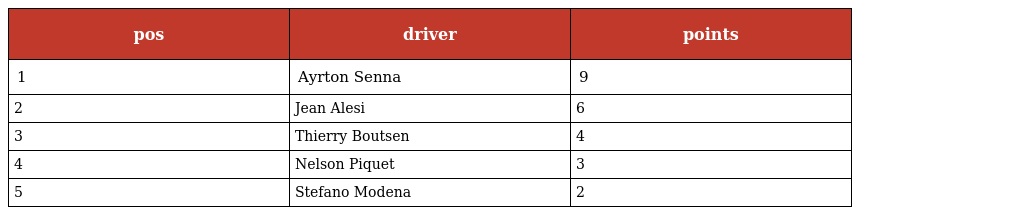
| pos | driver | points |
 | --- | --- | --- |
 | 1 | Ayrton Senna | 9 |
 | 2 | Jean Alesi | 6 |
 | 3 | Thierry Boutsen | 4 |
 | 4 | Nelson Piquet | 3 |
 | 5 | Stefano Modena | 2 |